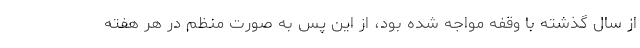
از سال گذشته با وقفه مواجه شده بود، از این پس به صورت منظم در هر هفته